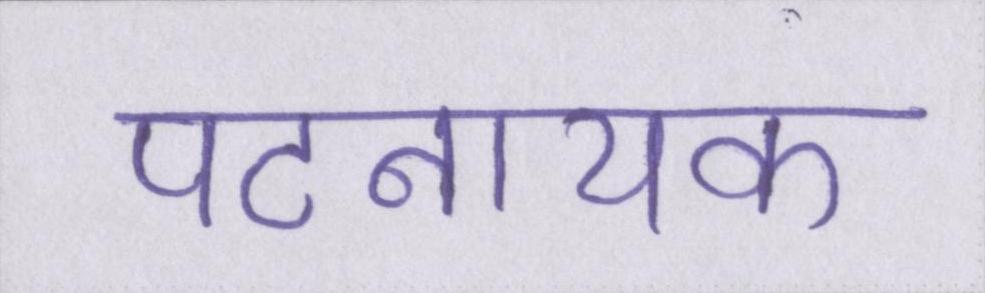
पटनायक